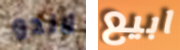
لاندو ابيع